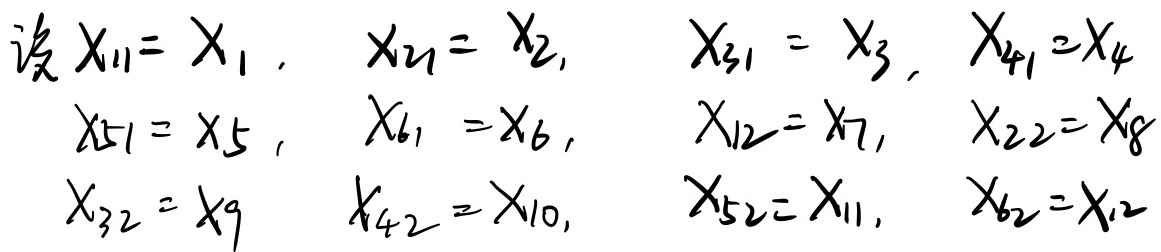
设 \(x_{11}=x_1\)，\(x_{21}=x_2\)，\(x_{31}=x_3\)，\(x_{41}=x_4\)，\(x_{51}=x_5\)，\(x_{61}=x_6\)，\(x_{12}=x_7\)，\(x_{22}=x_8\)，\(x_{32}=x_9\)，\(x_{42}=x_{10}\)，\(x_{52}=x_{11}\)，\(x_{62}=x_{12}\)。